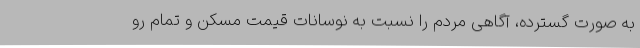
به صورت گسترده، آگاهی مردم را نسبت به نوسانات قیمت مسکن و تمام رو